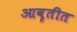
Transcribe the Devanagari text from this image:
आवृतीत